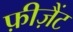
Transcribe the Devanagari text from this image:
फ़ीज़ैंट